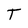
Character: T